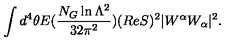
\int d ^ { 4 } \theta E ( \frac { N _ { G } \ln \Lambda ^ { 2 } } { 3 2 \pi ^ { 2 } } ) ( R e S ) ^ { 2 } | W ^ { \alpha } W _ { \alpha } | ^ { 2 } .